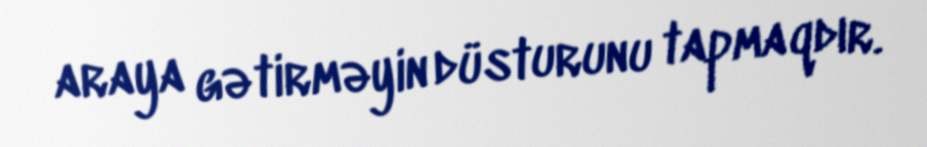
araya gətirməyin düsturunu tapmaqdır.